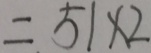
= 5 1 \times 2